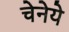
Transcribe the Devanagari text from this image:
चेनेये